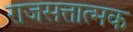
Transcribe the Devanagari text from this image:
राजसत्तात्मक